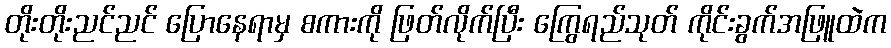
တိုးတိုးညင်ညင် ပြောနေရာမှ စကားကို ဖြတ်လိုက်ပြီး ကြွေရည်သုတ် ကိုင်းခွက်အဖြူထဲက